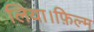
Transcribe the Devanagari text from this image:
लिया।फ़िल्म